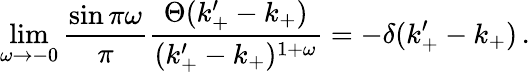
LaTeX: \operatorname*{lim}_{\omega\rightarrow-0}\frac{\sin\pi\omega}{\pi}\frac{\Theta(k_{+}^{\prime}-k_{+})}{(k_{+}^{\prime}-k_{+})^{1+\omega}}=-\delta(k_{+}^{\prime}-k_{+})\, .